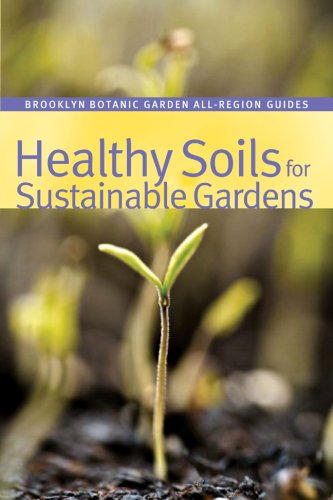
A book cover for Healthy Soils for Sustainable Gardens (Brooklyn Botanic Garden All-Region Guide); Crafts, Hobbies & Home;